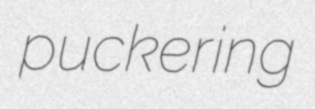
puckering